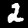
Label: 2